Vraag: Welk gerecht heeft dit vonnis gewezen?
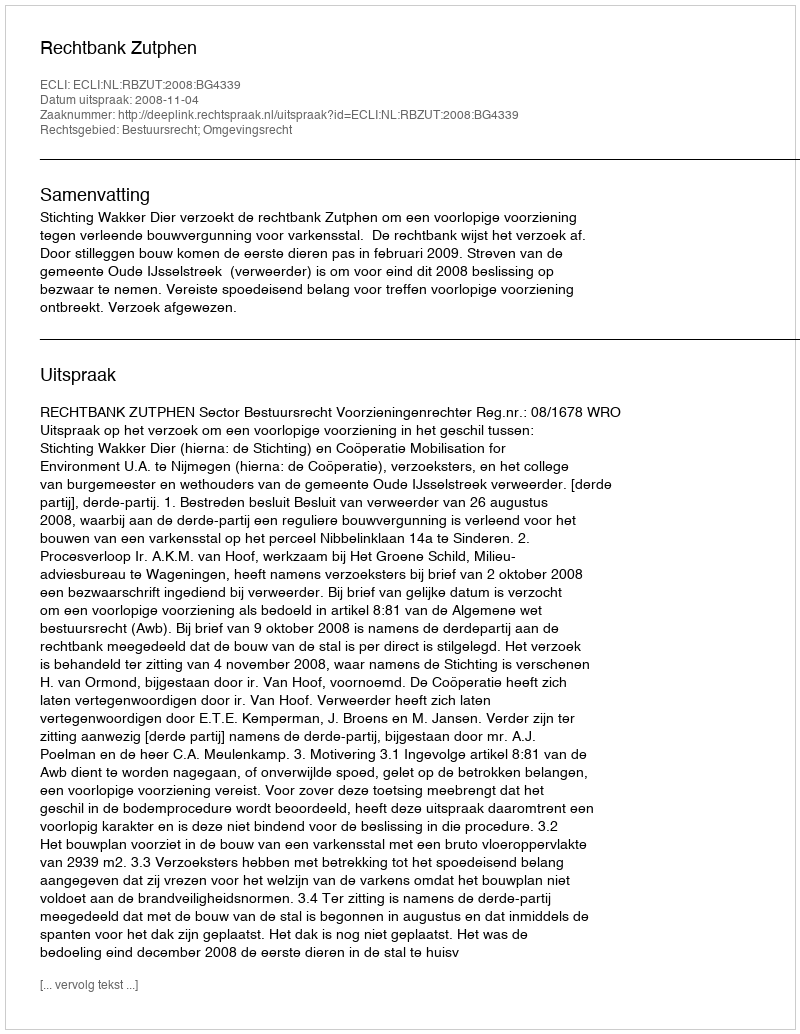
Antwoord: Rechtbank Zutphen